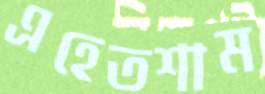
এহেতশাম